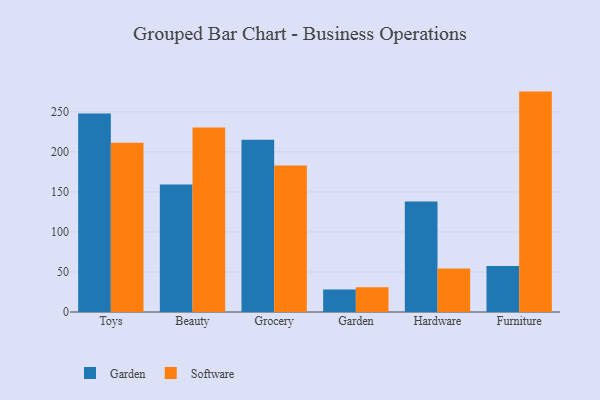
{"axis": {"x": "Category", "y": "Latency (ms)"}, "legend": ["Garden", "Software"], "data": [{"x": "Toys", "y": 248.1, "type": "Garden"}, {"x": "Toys", "y": 211.4, "type": "Software"}, {"x": "Beauty", "y": 159.2, "type": "Garden"}, {"x": "Beauty", "y": 230.4, "type": "Software"}, {"x": "Grocery", "y": 215.2, "type": "Garden"}, {"x": "Grocery", "y": 183.0, "type": "Software"}, {"x": "Garden", "y": 28.2, "type": "Garden"}, {"x": "Garden", "y": 31.0, "type": "Software"}, {"x": "Hardware", "y": 137.9, "type": "Garden"}, {"x": "Hardware", "y": 54.4, "type": "Software"}, {"x": "Furniture", "y": 57.5, "type": "Garden"}, {"x": "Furniture", "y": 275.3, "type": "Software"}]}